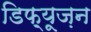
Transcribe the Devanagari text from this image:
डिफ़्यूज़न